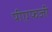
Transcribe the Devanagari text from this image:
पीएफजी